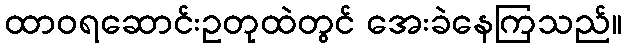
ထာဝရဆောင်းဥတုထဲတွင် အေးခဲနေကြသည်။